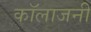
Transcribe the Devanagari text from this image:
कॉलाजनी